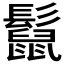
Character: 𩯡